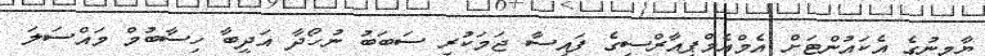
ޔާމީނުގެ އެކައުންޓަށް އެމްއެމްޕީއާރްސީގެ ފައިސާ ޖަމަކުރި ސަބަބު ނުހޯދާ އަދީބާ ހިސާބުމް މައްސަލަ